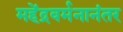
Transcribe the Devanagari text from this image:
महेंद्रवर्मनानंतर